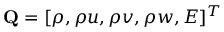
\mathbf { Q } = [ \rho , \rho u , \rho v , \rho w , E ] ^ { T }